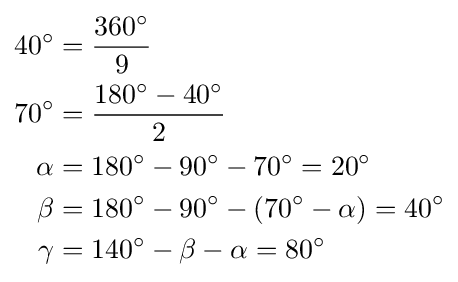
{\begin{aligned}40^{\circ }&={\frac {360^{\circ }}{9}}\\70^{\circ }&={\frac {180^{\circ }-40^{\circ }}{2}}\\\alpha &=180^{\circ }-90^{\circ }-70^{\circ }=20^{\circ }\\\beta &=180^{\circ }-90^{\circ }-(70^{\circ }-\alpha )=40^{\circ }\\\gamma &=140^{\circ }-\beta -\alpha =80^{\circ }\end{aligned}}